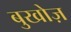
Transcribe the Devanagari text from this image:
बुखोज़